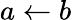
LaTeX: a\gets b